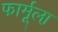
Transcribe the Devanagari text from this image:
फार्मूला़